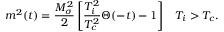
m ^ { 2 } ( t ) = \frac { M _ { \sigma } ^ { 2 } } { 2 } \left[ \frac { T _ { i } ^ { 2 } } { T _ { c } ^ { 2 } } \Theta ( - t ) - 1 \right] \; \; \; T _ { i } > T _ { c } .